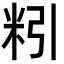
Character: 粌